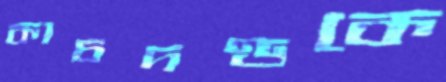
কাচদণ্ডকে